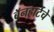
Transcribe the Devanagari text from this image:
बॅनहार्टचे